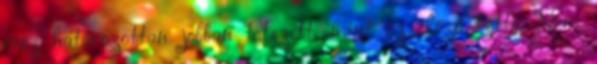
rész határozottan jobban tetszett, mint az előző kettő. Nem